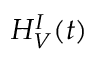
H _ { V } ^ { I } ( t )